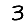
Digit: 3